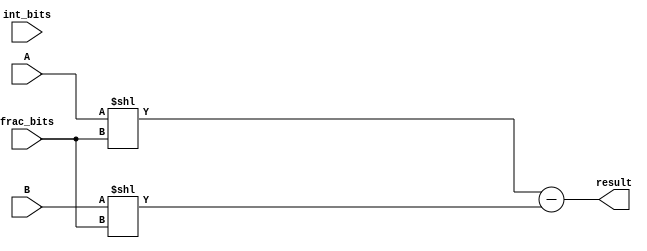
module Fixed_point_subtractor (
    input signed [31:0] A,
    input signed [31:0] B,
    input [7:0] int_bits,
    input [7:0] frac_bits,
    output reg signed [31:0] result
);

reg signed [31:0] aligned_A;
reg signed [31:0] aligned_B;

always @(A, B) begin
    aligned_A = A << frac_bits;
    aligned_B = B << frac_bits;
end

always @(aligned_A, aligned_B) begin
    result = aligned_A - aligned_B;
end

endmodule